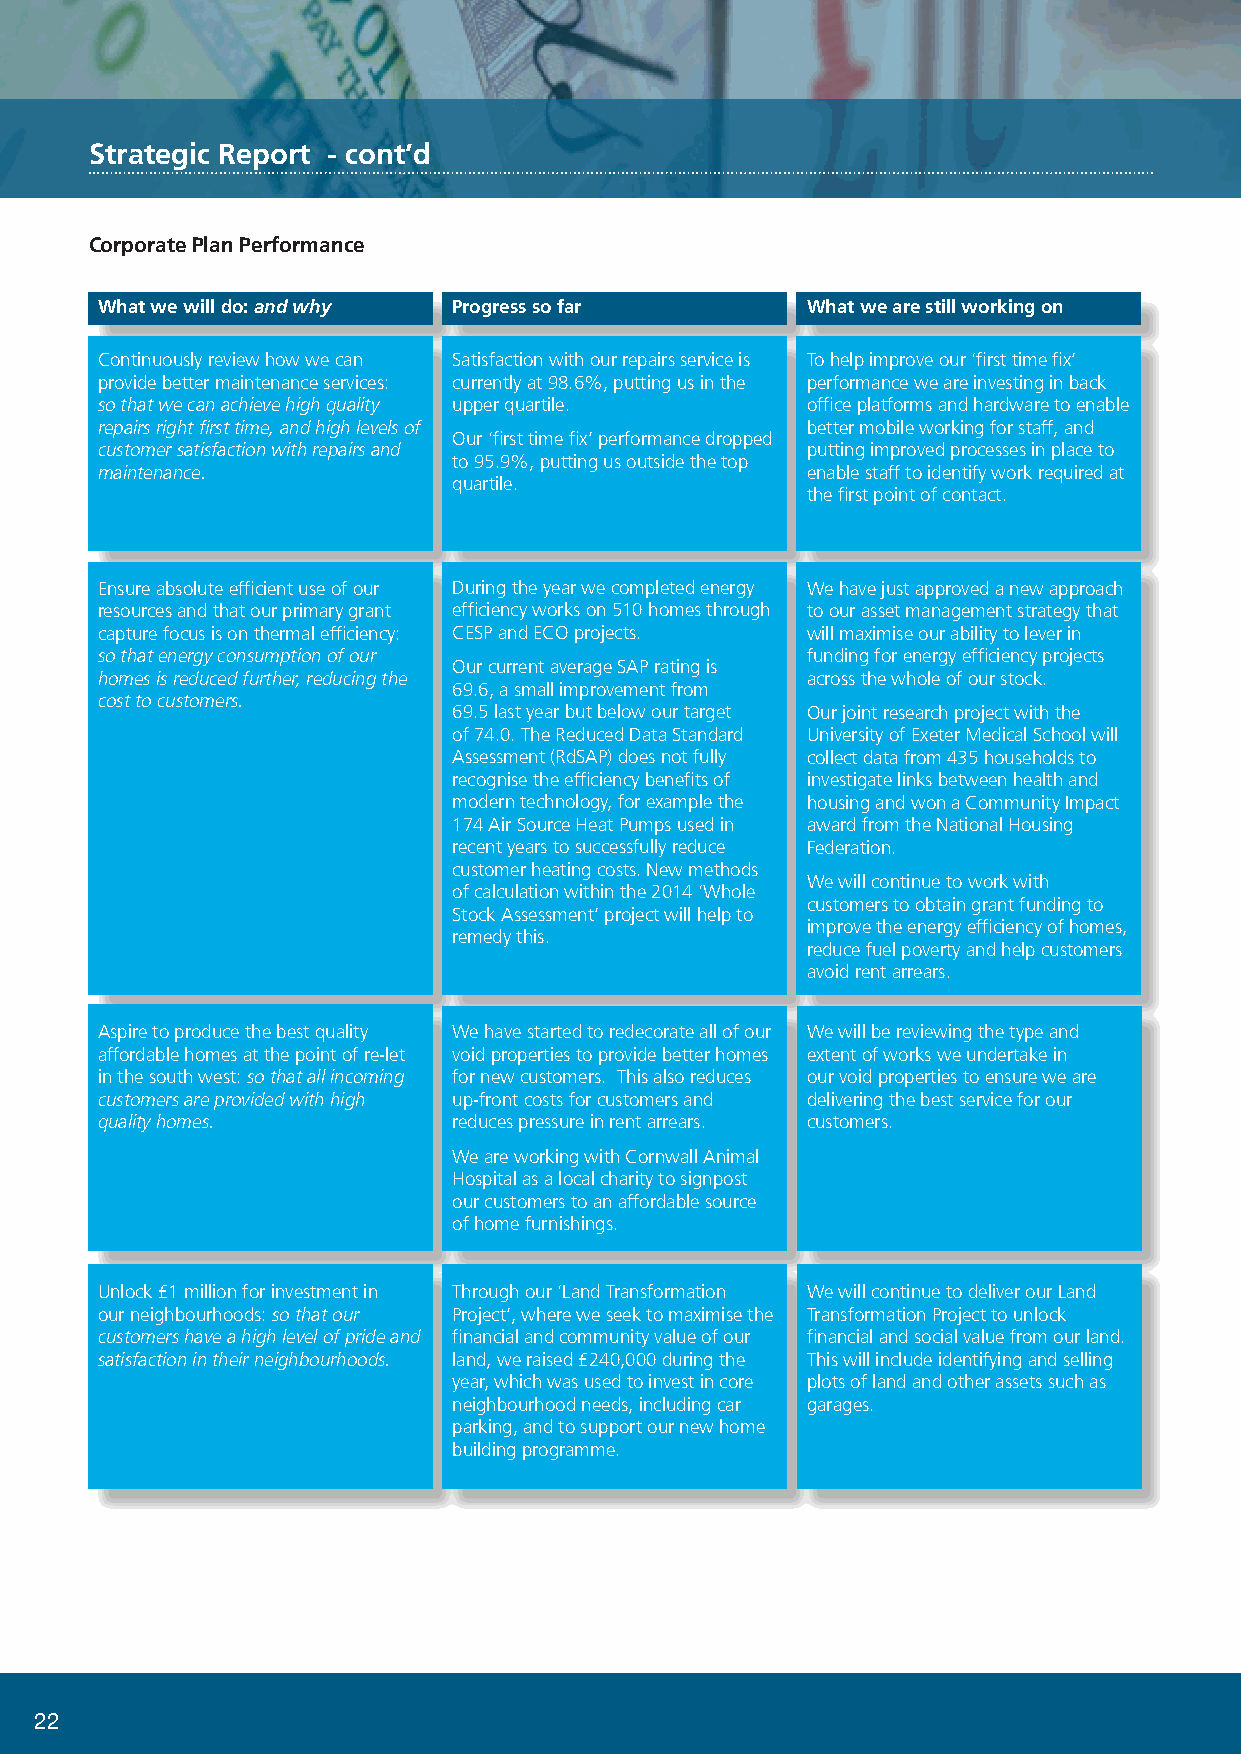
Strategic Report - cont’d
 Corporate Plan Performance
 What we will do: and why Progress so far       What we are still working on
 Continuously review how we can Satisfaction with our repairs service is To help improve our ‘first time fix’
 provide better maintenance services: currently at 98.6%, putting us in the performance we are investing in back
 so that we can achieve high quality upper quartile. office platforms and hardware to enable
 repairs right first time, and high levels of   better mobile working for staff, and
 Our ‘first time fix’ performance dropped
 customer satisfaction with repairs and         putting improved processes in place to
 to 95.9%, putting us outside the top
 maintenance.                                   enable staff to identify work required at
 quartile.
 the first point of contact.
 Ensure absolute efficient use of our During the year we completed energy We have just approved a new approach
 resources and that our primary grant efficiency works on 510 homes through to our asset management strategy that
 capture focus is on thermal efficiency: CESP and ECO projects. will maximise our ability to lever in
 so that energy consumption of our              funding for energy efficiency projects
 Our current average SAP rating is
 homes is reduced further, reducing the         across the whole of our stock.
 69.6, a small improvement from
 cost to customers.
 69.5 last year but below our target Our joint research project with the
 of 74.0. The Reduced Data Standard University of Exeter Medical School will
 Assessment (RdSAP) does not fully collect data from 435 households to
 recognise the efficiency benefits of investigate links between health and
 modern technology, for example the housing and won a Community Impact
 174 Air Source Heat Pumps used in award from the National Housing
 recent years to successfully reduce Federation.
 customer heating costs. New methods
 We will continue to work with
 of calculation within the 2014 ‘Whole
 customers to obtain grant funding to
 Stock Assessment’ project will help to
 improve the energy efficiency of homes,
 remedy this.
 reduce fuel poverty and help customers
 avoid rent arrears.
 Aspire to produce the best quality We have started to redecorate all of our We will be reviewing the type and
 affordable homes at the point of re-let void properties to provide better homes extent of works we undertake in
 in the south west: so that all incoming for new customers. This also reduces our void properties to ensure we are
 customers are provided with high up-front costs for customers and delivering the best service for our
 quality homes.          reduces pressure in rent arrears. customers.
 We are working with Cornwall Animal
 Hospital as a local charity to signpost
 our customers to an affordable source
 of home furnishings.
 Unlock £1 million for investment in Through our ‘Land Transformation We will continue to deliver our Land
 our neighbourhoods: so that our Project’, where we seek to maximise the Transformation Project to unlock
 customers have a high level of pride and financial and community value of our financial and social value from our land.
 satisfaction in their neighbourhoods. land, we raised £240,000 during the This will include identifying and selling
 year, which was used to invest in core plots of land and other assets such as
 neighbourhood needs, including car garages.
 parking, and to support our new home
 building programme.
 22